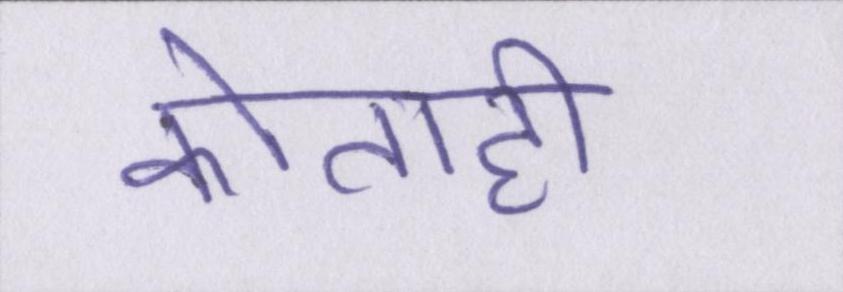
कोताही